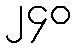
၂၄၀